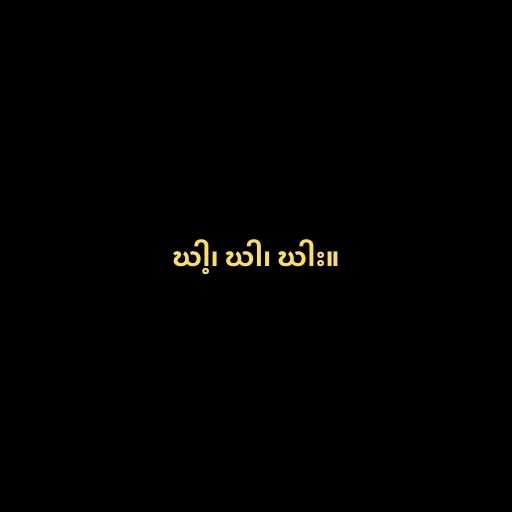
ဃါ့၊ ဃါ၊ ဃါး။